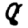
Digit: 8